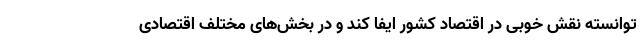
توانسته نقش خوبی در اقتصاد کشور ایفا کند و در بخش‌های مختلف اقتصادی